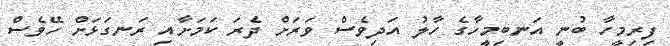
ފިރިމީހާ ބުނީ އަނބިމީހާގެ ހާލު އަދިވެސް ވަރަށް ދެރަ ކަމަށާއި ރަނގަޅަށް ހޭވެސް